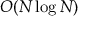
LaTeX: O ( N \log N )